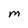
Character: M